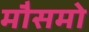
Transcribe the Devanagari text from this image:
मौसमो